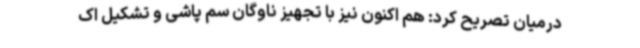
درمیان تصریح کرد: هم اکنون نیز با تجهیز ناوگان سم پاشی و تشکیل اک